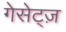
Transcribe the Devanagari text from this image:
गेसेट्ज़